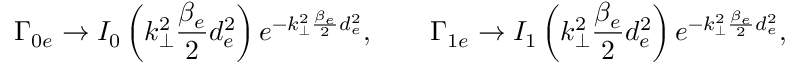
\Gamma _ { 0 e } \rightarrow I _ { 0 } \left( k _ { \perp } ^ { 2 } \frac { \beta _ { e } } { 2 } d _ { e } ^ { 2 } \right) e ^ { - k _ { \perp } ^ { 2 } \frac { \beta _ { e } } { 2 } d _ { e } ^ { 2 } } , \qquad \Gamma _ { 1 e } \rightarrow I _ { 1 } \left( k _ { \perp } ^ { 2 } \frac { \beta _ { e } } { 2 } d _ { e } ^ { 2 } \right) e ^ { - k _ { \perp } ^ { 2 } \frac { \beta _ { e } } { 2 } d _ { e } ^ { 2 } } ,